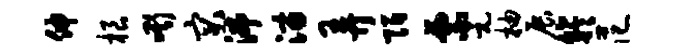
伸根嘶突沸淄弄陌票元柚展竽范